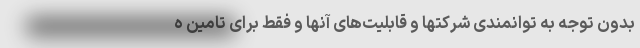
بدون توجه به توانمندی شرکتها و قابلیت‌های آنها و فقط برای تامین ه